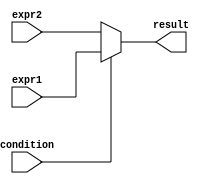
module if_else_ternary (
    input wire condition,
    input wire [7:0] expr1,
    input wire [7:0] expr2,
    output reg [7:0] result
);

always @(condition)
begin
    result = (condition) ? expr1 : expr2;
end

endmodule